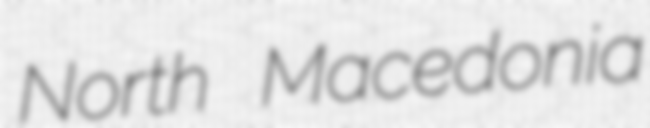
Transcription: North Macedonia